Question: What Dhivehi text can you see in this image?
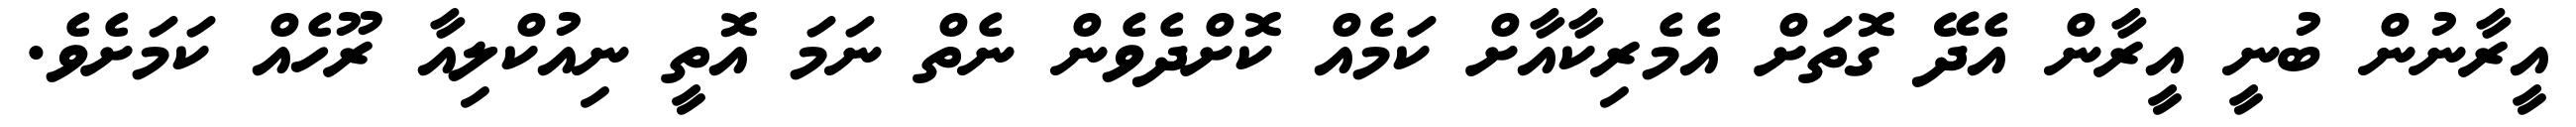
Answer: އީރާނުން ބުނީ އީރާން އެދޭ ގޮތަށް އެމެރިކާއާށް ކަމެއް ކޮށްދެވެން ނެތް ނަމަ އޮތީ ނިއުކްލިއާ ރޫހެއް ކަމަށެވެ.